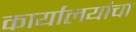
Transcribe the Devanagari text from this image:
कार्यालयांचा